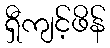
ရှီကျင့်ဖိန်